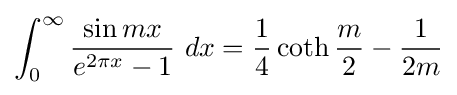
\int _{0}^{\infty }{\frac {\sin mx}{e^{2\pi x}-1}}\ dx={\frac {1}{4}}\coth {\frac {m}{2}}-{\frac {1}{2m}}